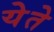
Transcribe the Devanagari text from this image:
येेते